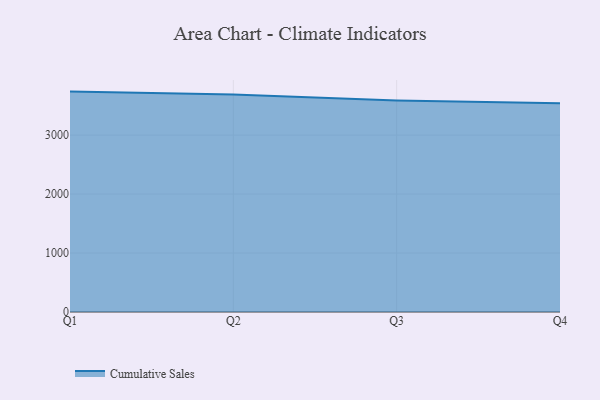
{"axis": {"x": "Quarter", "y": "Market Share (%)"}, "legend": ["Cumulative Sales"], "data": [{"x": "Q1", "y": 3737.4, "type": "Cumulative Sales"}, {"x": "Q2", "y": 3687.7, "type": "Cumulative Sales"}, {"x": "Q3", "y": 3585.5, "type": "Cumulative Sales"}, {"x": "Q4", "y": 3539.2, "type": "Cumulative Sales"}]}